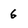
Character: 6